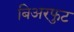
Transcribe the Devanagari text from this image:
बिअरफुट